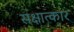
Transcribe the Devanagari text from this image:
सक्षात्कार